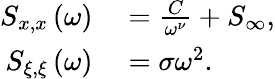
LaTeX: \begin{array}{rl}{S_{x,x}\left(\omega\right)}&{{}=\frac{C}{\omega^{\nu}}+S_{\infty},}\\ {S_{\xi,\xi}\left(\omega\right)}&{{}=\sigma\omega^{2}.}\end{array}